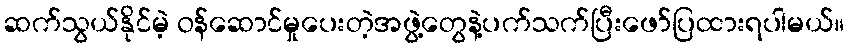
ဆက်သွယ်နိုင်မဲ့ ဝန်ဆောင်မှုပေးတဲ့အဖွဲ့တွေနဲ့ပက်သက်ပြီးဖော်ပြထားရပါမယ်။